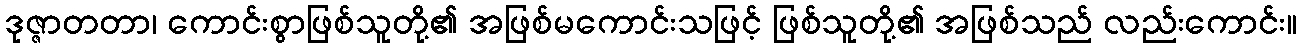
ဒုဇ္ဇာတတာ၊ ကောင်းစွာဖြစ်သူတို့၏ အဖြစ်မကောင်းသဖြင့် ဖြစ်သူတို့၏ အဖြစ်သည် လည်းကောင်း။